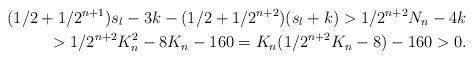
LaTeX: \begin{align*}(1/2 + 1/2^{n+1})s_l - 3k - (1/2 + 1/2^{n+2})(s_l + k) > 1/2^{n+2}N_n - 4k \\> 1/2^{n+2}K_n^2 - 8K_n - 160 = K_n(1/2^{n+2}K_n - 8) - 160 > 0.\end{align*}